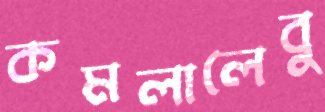
কমলালেবু